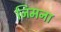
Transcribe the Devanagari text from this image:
जिमना